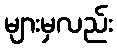
များမှလည်း